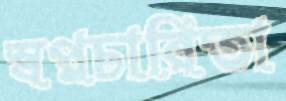
স্বপ্নচারিতা